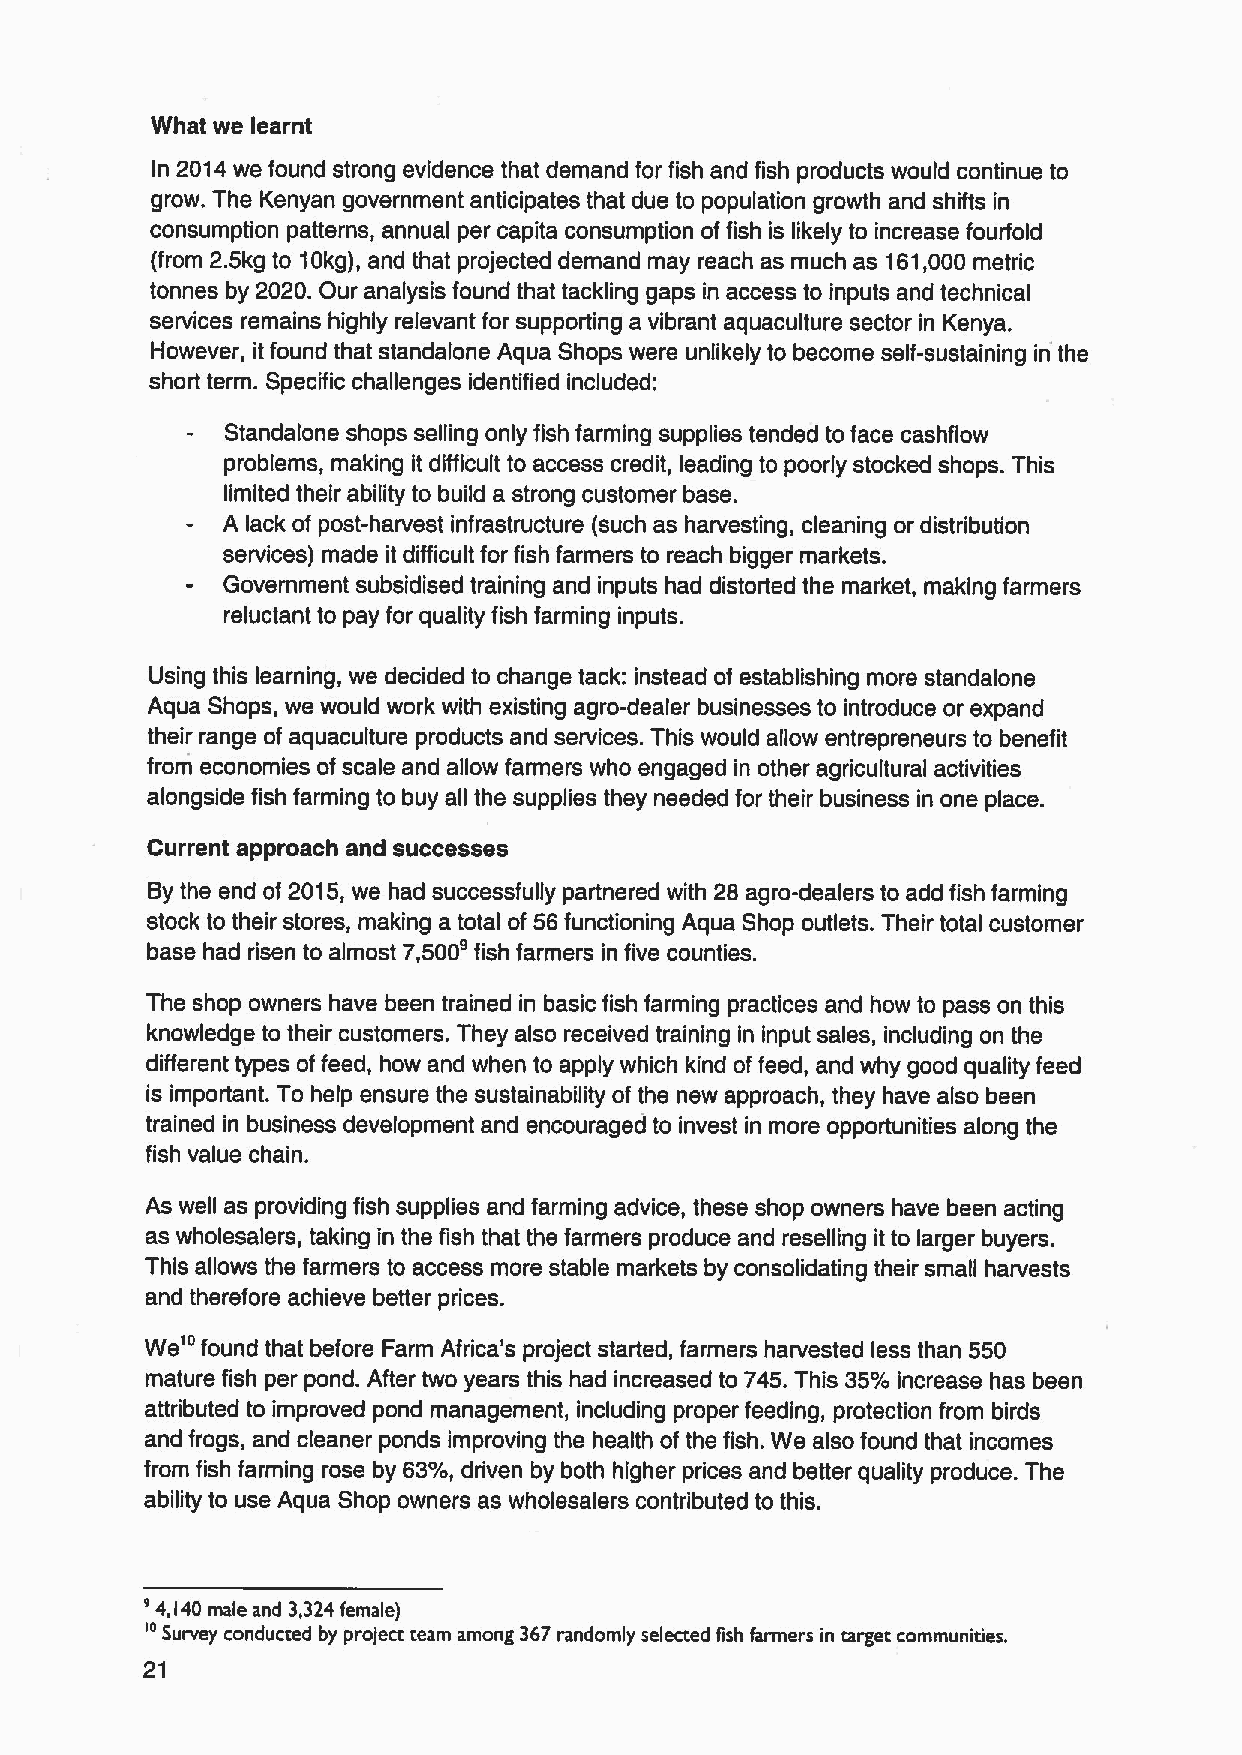
What we learnt
 In 2014we found strong evidence that demand for fish and fish products would continue to
 grow. The Kenyan government anticipates that due to population growth and shifts in
 consumption patterns, annual per capita consumption offish is likely to increase fourfold
 (from 2.5kg to 10kg), and that projected demand may reach as much as 161,000 metric
 tonnes by 2020. Our analysis found that tackling gaps in access to inputs and technical
 services remains highly relevant for supporting a vibrant aquaculture sector in Kenya.
 However, it found that standalone Aqua Shops were unlikely to become self-sustaining iri the
 short term. Specific challenges identified included:
 Standalone shops selling only fish farming supplies tended to face cashflow
 problems, making it difficult to access credit, leading to poorly stocked shops. This
 limited their ability to build a strong customer base.
 A lack of post-harvest infrastructure (such as harvesting, cleaning or distribution
 services) made it difficult for fish farmers to reach bigger markets.
 Government subsidised training and inputs had distorted the market, making farmers
 reluctant to pay for quality fish farming inputs.
 Using this learning, we decided to change tack: instead of establishing more standalone
 Aqua Shops, we would work with existing agro-dealer businesses to introduce or expand
 their range of aquaculture products and services. This would allow entrepreneurs to benefit
 from economies ofscale and allow farmers who engaged in other agricultural activities
 alongside fish farming to buy all the supplies they needed for their business in one place.
 Current approach and successes
 By the end of 2015,we had successfully partnered with 28 agro-dealers to add fish farming
 stock to their stores, making a total of 56functioning Aqua Shop outlets. Their total customer
 base had risen to almost 7,500' fish farmers in five counties.
 The shop owners have been trained in basic fish farming practices and how to pass on this
 knowledge to their customers. They also received training in input sales, including on the
 different types offeed, how and when to apply which kind of feed, and why good quality feed
 is important. To help ensure the sustainability of the new approach, they have also been
 trained in business development and encouraged to invest in more opportunities along the
 fish value chain.
 As well as providing fish supplies and farming advice, these shop owners have been acting
 as wholesalers, taking in the fish that the farmers produce and reselling it to larger buyers.
 This allows the farmers to access more stable markets by consolidating their small harvests
 and therefore achieve better prices.
 We"
 found that before Farm Africa's project started, farmers harvested less than 550
 mature fish per pond. After two years this had increased to 745.This 35%increase has been
 attributed to improved pond management, including proper feeding, protection from birds
 and frogs, and cleaner ponds improving the health of the fish. We also found that incomes
 from fish farming rose by 63'%%d, driven by both higher prices and better quality produce. The
 ability to use Aqua Shop owners as wholesalers contributed to this.
 '
 "4,140male and 3,324 female)
 Survey conducted by project team among 367randomly selected lish farmers in target communities.
 21